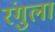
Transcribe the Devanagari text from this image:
रंगुला